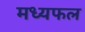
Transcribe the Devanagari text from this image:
मध्यफल